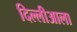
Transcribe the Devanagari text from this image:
दिल्लीआला